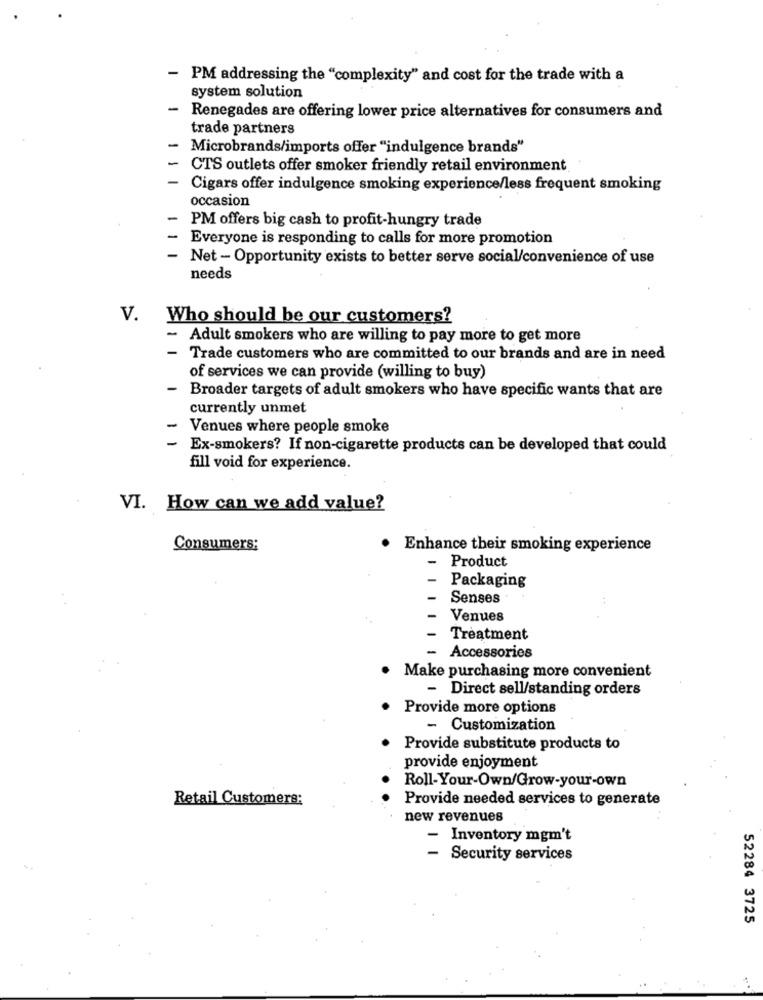
- PM addressing the "complexity" and cost for the trade with a
system solution
- Renegades are offering lower price alternatives for consumers and
trade partners
- Microbrands/imports offer "indulgence brands"
CTS outlets offer smoker friendly retail environment
Cigars offer indulgence smoking experience/less frequent smoking
occasion
PM offers big cash to profit-hungry trade
Everyone is responding to calls for more promotion
- Net - Opportunity exists to better serve social/convenience of use
needs
V.
Who should be our customers?
- Adult smokers who are willing to pay more to get more
- Trade customers who are committed to our brands and are in need
of services we can provide (willing to buy)
Broader targets of adult smokers who have specific wants that are
currently unmet
- Venues where people smoke
- Ex-smokers? If non-cigarette products can be developed that could
fill void for experience.
VI. How can we add value?
Consumers:
. Enhance their smoking experience
- Product
Packaging
Senses
Venues
Treatment
Accessories
Make purchasing more convenient
- Direct sell/standing orders
Provide more options
- Customization
Provide substitute products to
provide enjoyment
Roll-Your-Own/Grow-your-own
Retail Customers:
Provide needed services to generate
new revenues
- Inventory mgm't
- Security services
52284 3725